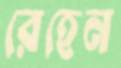
রেহেন